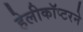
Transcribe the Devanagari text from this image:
हेलीकॉप्टरने